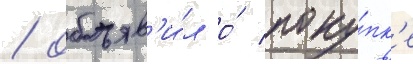
/ объяв'и́л о́ поку́пк'е